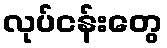
လုပ်ငန်းတွေ